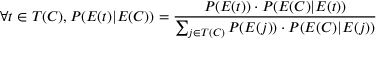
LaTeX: \forall t \in T ( C ) , P ( E ( t ) | E ( C ) ) = { \frac { P ( E ( t ) ) \cdot P ( E ( C ) | E ( t ) ) } { \sum _ { j \in T ( C ) } P ( E ( j ) ) \cdot P ( E ( C ) | E ( j ) ) } }